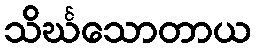
သိင်္ဃသောတာယ